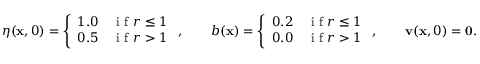
\eta ( \mathbf { x } , 0 ) = \left\{ \begin{array} { c c } { 1 . 0 } & { \textnormal { i f } r \leq 1 } \\ { 0 . 5 } & { \textnormal { i f } r > 1 } \end{array} \right. , \qquad b ( \mathbf { x } ) = \left\{ \begin{array} { c c } { 0 . 2 } & { \textnormal { i f } r \leq 1 } \\ { 0 . 0 } & { \textnormal { i f } r > 1 } \end{array} \right. , \qquad \mathbf { v } ( \mathbf { x } , 0 ) = \mathbf { 0 } .